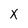
Character: x